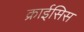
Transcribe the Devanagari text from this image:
क्राईसिस